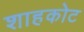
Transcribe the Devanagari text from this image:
शाहकोट